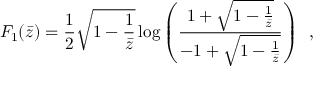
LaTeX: { \cal F } _ { 1 } ( \bar { z } ) = \frac { 1 } { 2 } \sqrt { 1 - \frac { 1 } { \bar { z } } } \log \left( \frac { 1 + \sqrt { 1 - \frac { 1 } { \bar { z } } } } { - 1 + \sqrt { 1 - \frac { 1 } { \bar { z } } } } \right) \, \, \, ,